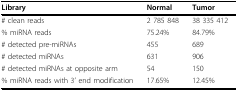
<table><thead><tr><td><b>Library</b></td><td><b>Normal</b></td><td><b>Tumor</b></td></tr></thead><tbody><tr><td># clean reads</td><td>2 785 848</td><td>38 335 412</td></tr><tr><td>% miRNA reads</td><td>75.24%</td><td>84.79%</td></tr><tr><td># detected pre-miRNAs</td><td>455</td><td>689</td></tr><tr><td># detected miRNAs</td><td>631</td><td>906</td></tr><tr><td># detected miRNAs at opposite arm</td><td>54</td><td>150</td></tr><tr><td>% miRNA reads with 3&#x27; end modification</td><td>17.65%</td><td>12.45%</td></tr></tbody></table>